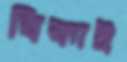
বিকাই